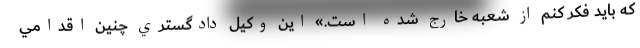
كه بايد فكر كنم از شعبه خارج شده است.» اين وكيل دادگستري چنين اقدامي